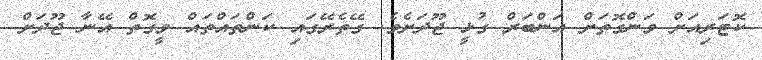
ކޮޓަރިއަށް ވަންގޮތަށް އަންބަރް ގުޅީ ޖޫދަށެވެ. ގޭތެރޭގައި ކަންތައްތައް ވީގޮތް އޭނާ ޖޫދަށް